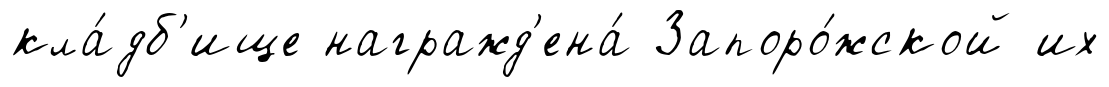
кла́дб'ище награжд'ена́ Запоро́жской их